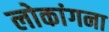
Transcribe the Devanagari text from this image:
लोकांगना